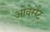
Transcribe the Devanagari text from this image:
ओवेर्सेट